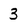
Character: 3